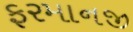
ફરમાનજી